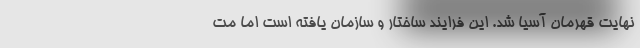
نهایت قهرمان آسیا شد. این فرایند ساختار و سازمان یافته است اما مت